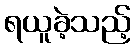
ရယူခဲ့သည့်